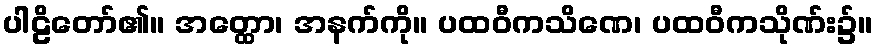
ပါဠိတော်၏။ အတ္ထော၊ အနက်ကို။ ပထဝီကသိဏေ၊ ပထဝီကသိုဏ်း၌။